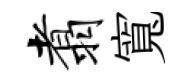
翥寬